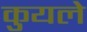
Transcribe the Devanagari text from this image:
कुयले